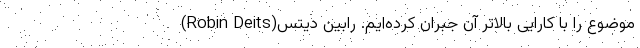
موضوع را با کارایی بالاتر آن جبران کرده‌ایم. رابین دیتس(Robin Deits)